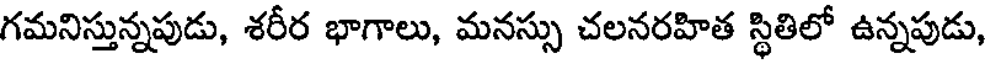
గమనిస్తున్నపుడు, శరీర భాగాలు, మనస్సు చలనరహిత స్థితిలో ఉన్నపుడు,